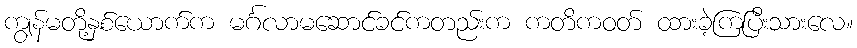
ကျွန်မတို့နှစ်ယောက်က မင်္ဂလာမဆောင်ခင်ကတည်းက ကတိကဝတ် ထားခဲ့ကြပြီးသားလေ။